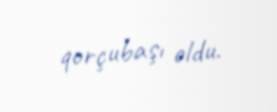
qorçubaşı oldu.